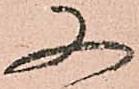
又